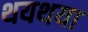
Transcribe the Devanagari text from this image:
थयथया